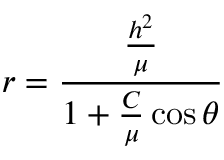
r = { \frac { \frac { h ^ { 2 } } { \mu } } { 1 + { \frac { C } { \mu } } \cos \theta } }